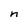
Character: n